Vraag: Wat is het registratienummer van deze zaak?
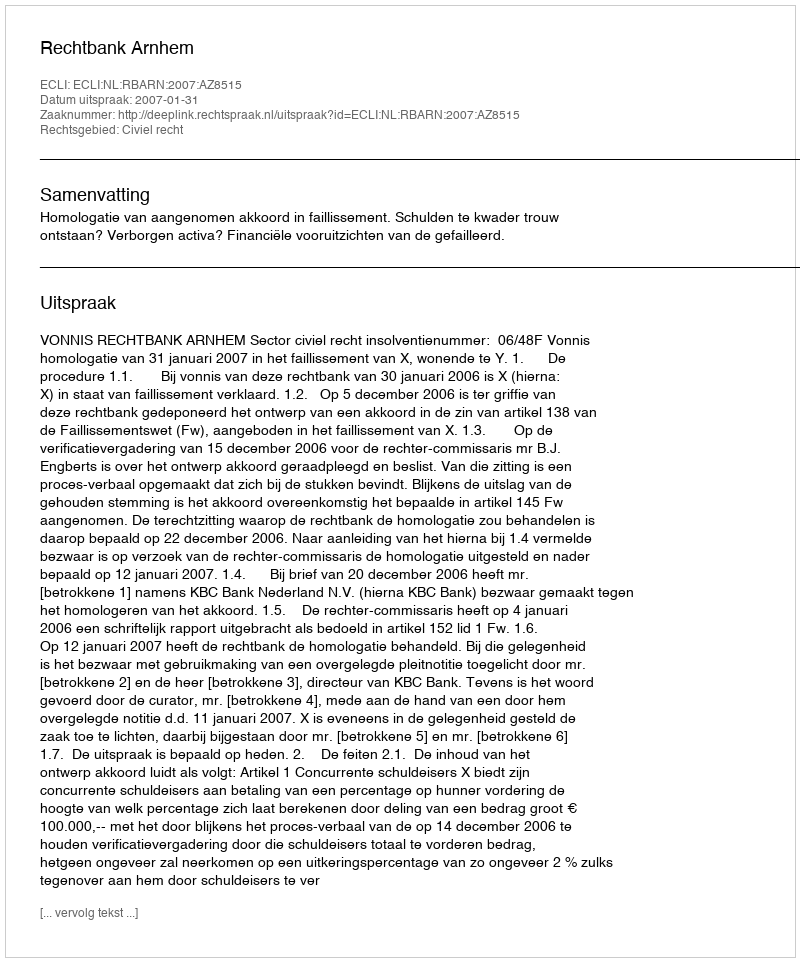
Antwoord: http://deeplink.rechtspraak.nl/uitspraak?id=ECLI:NL:RBARN:2007:AZ8515